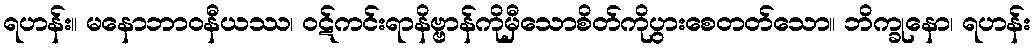
ရဟန်း။ မနောဘာဝနီယဿ၊ ဝဋ်ကင်းရာနိဗ္ဗာန်ကိုမှီသောစိတ်ကိုပွားစေတတ်သော။ ဘိက္ခုနော၊ ရဟန်း